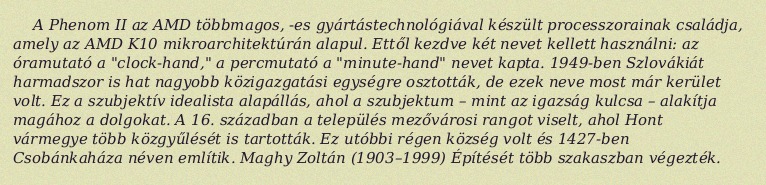
A Phenom II az AMD többmagos, -es gyártástechnológiával készült processzorainak családja, amely az AMD K10 mikroarchitektúrán alapul. Ettől kezdve két nevet kellett használni: az óramutató a "clock-hand," a percmutató a "minute-hand" nevet kapta. 1949-ben Szlovákiát harmadszor is hat nagyobb közigazgatási egységre osztották, de ezek neve most már kerület volt. Ez a szubjektív idealista alapállás, ahol a szubjektum – mint az igazság kulcsa – alakítja magához a dolgokat. A 16. században a település mezővárosi rangot viselt, ahol Hont vármegye több közgyűlését is tartották. Ez utóbbi régen község volt és 1427-ben Csobánkaháza néven említik. Maghy Zoltán (1903–1999) Építését több szakaszban végezték.